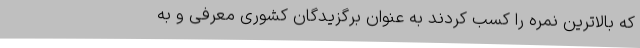
که بالاترین نمره را کسب کردند به عنوان برگزیدگان کشوری معرفی و به